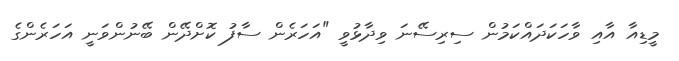
މީޑިއާ އާއި ވާހަކަދައްކަމުން ސިރިސޭނަ ވިދާޅުވީ "އަހަރެން ސާފު ކޮށްދޭން ބޭނުންވަނީ އަހަރެންގެ